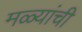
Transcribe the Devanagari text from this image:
मळ्यांची